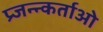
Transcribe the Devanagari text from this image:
प्र्जन्न्कर्ताओ